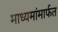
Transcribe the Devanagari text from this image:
माध्यमांमार्फत